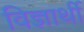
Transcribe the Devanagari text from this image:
विज्ञार्थी